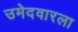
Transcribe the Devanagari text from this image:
उमेदवारला